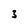
Character: 3